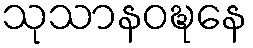
သုသာနဝဍ္ဎနေ